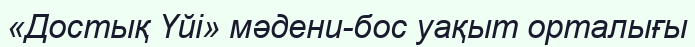
«Достық Үйі» мәдени-бос уақыт орталығы